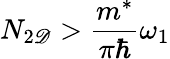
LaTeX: N_{2\mathscr{D}}>\frac{{m^{*}}}{{\pi\hbar}}\omega_{1}